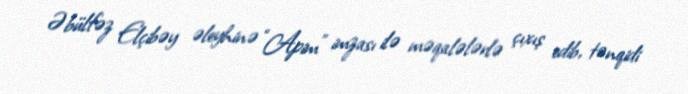
Əbülfəz Elçibəy əleyhinə “Apim” imzası ilə məqalələrlə çıxış edib, tənqidi